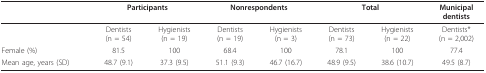
|  | <COLSPAN=2> Participants | <COLSPAN=2> Nonrespondents | <COLSPAN=2> Total | Municipaldentists |
 | --- | --- | --- | --- | --- | --- | --- | --- |
 |  | Dentists(n = 54) | Hygienists(n = 19) | Dentists(n = 19) | Hygienists(n = 3) | Dentists(n = 73) | Hygienists(n = 22) | Dentists*(n = 2,002) |
 | Female (%) | 81.5 | 100 | 68.4 | 100 | 78.1 | 100 | 77.4 |
 | Mean age, years (SD) | 48.7 (9.1) | 37.3 (9.5) | 51.1 (9.3) | 46.7 (16.7) | 48.9 (9.5) | 38.6 (10.7) | 49.5 (8.7) |